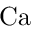
\mathrm { C a }